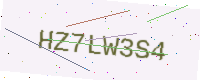
Text: HZ7LW3S4